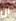
ان